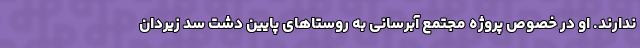
ندارند. او در خصوص پروژه مجتمع آبرسانی به روستاهای پایین دشت سد زیردان